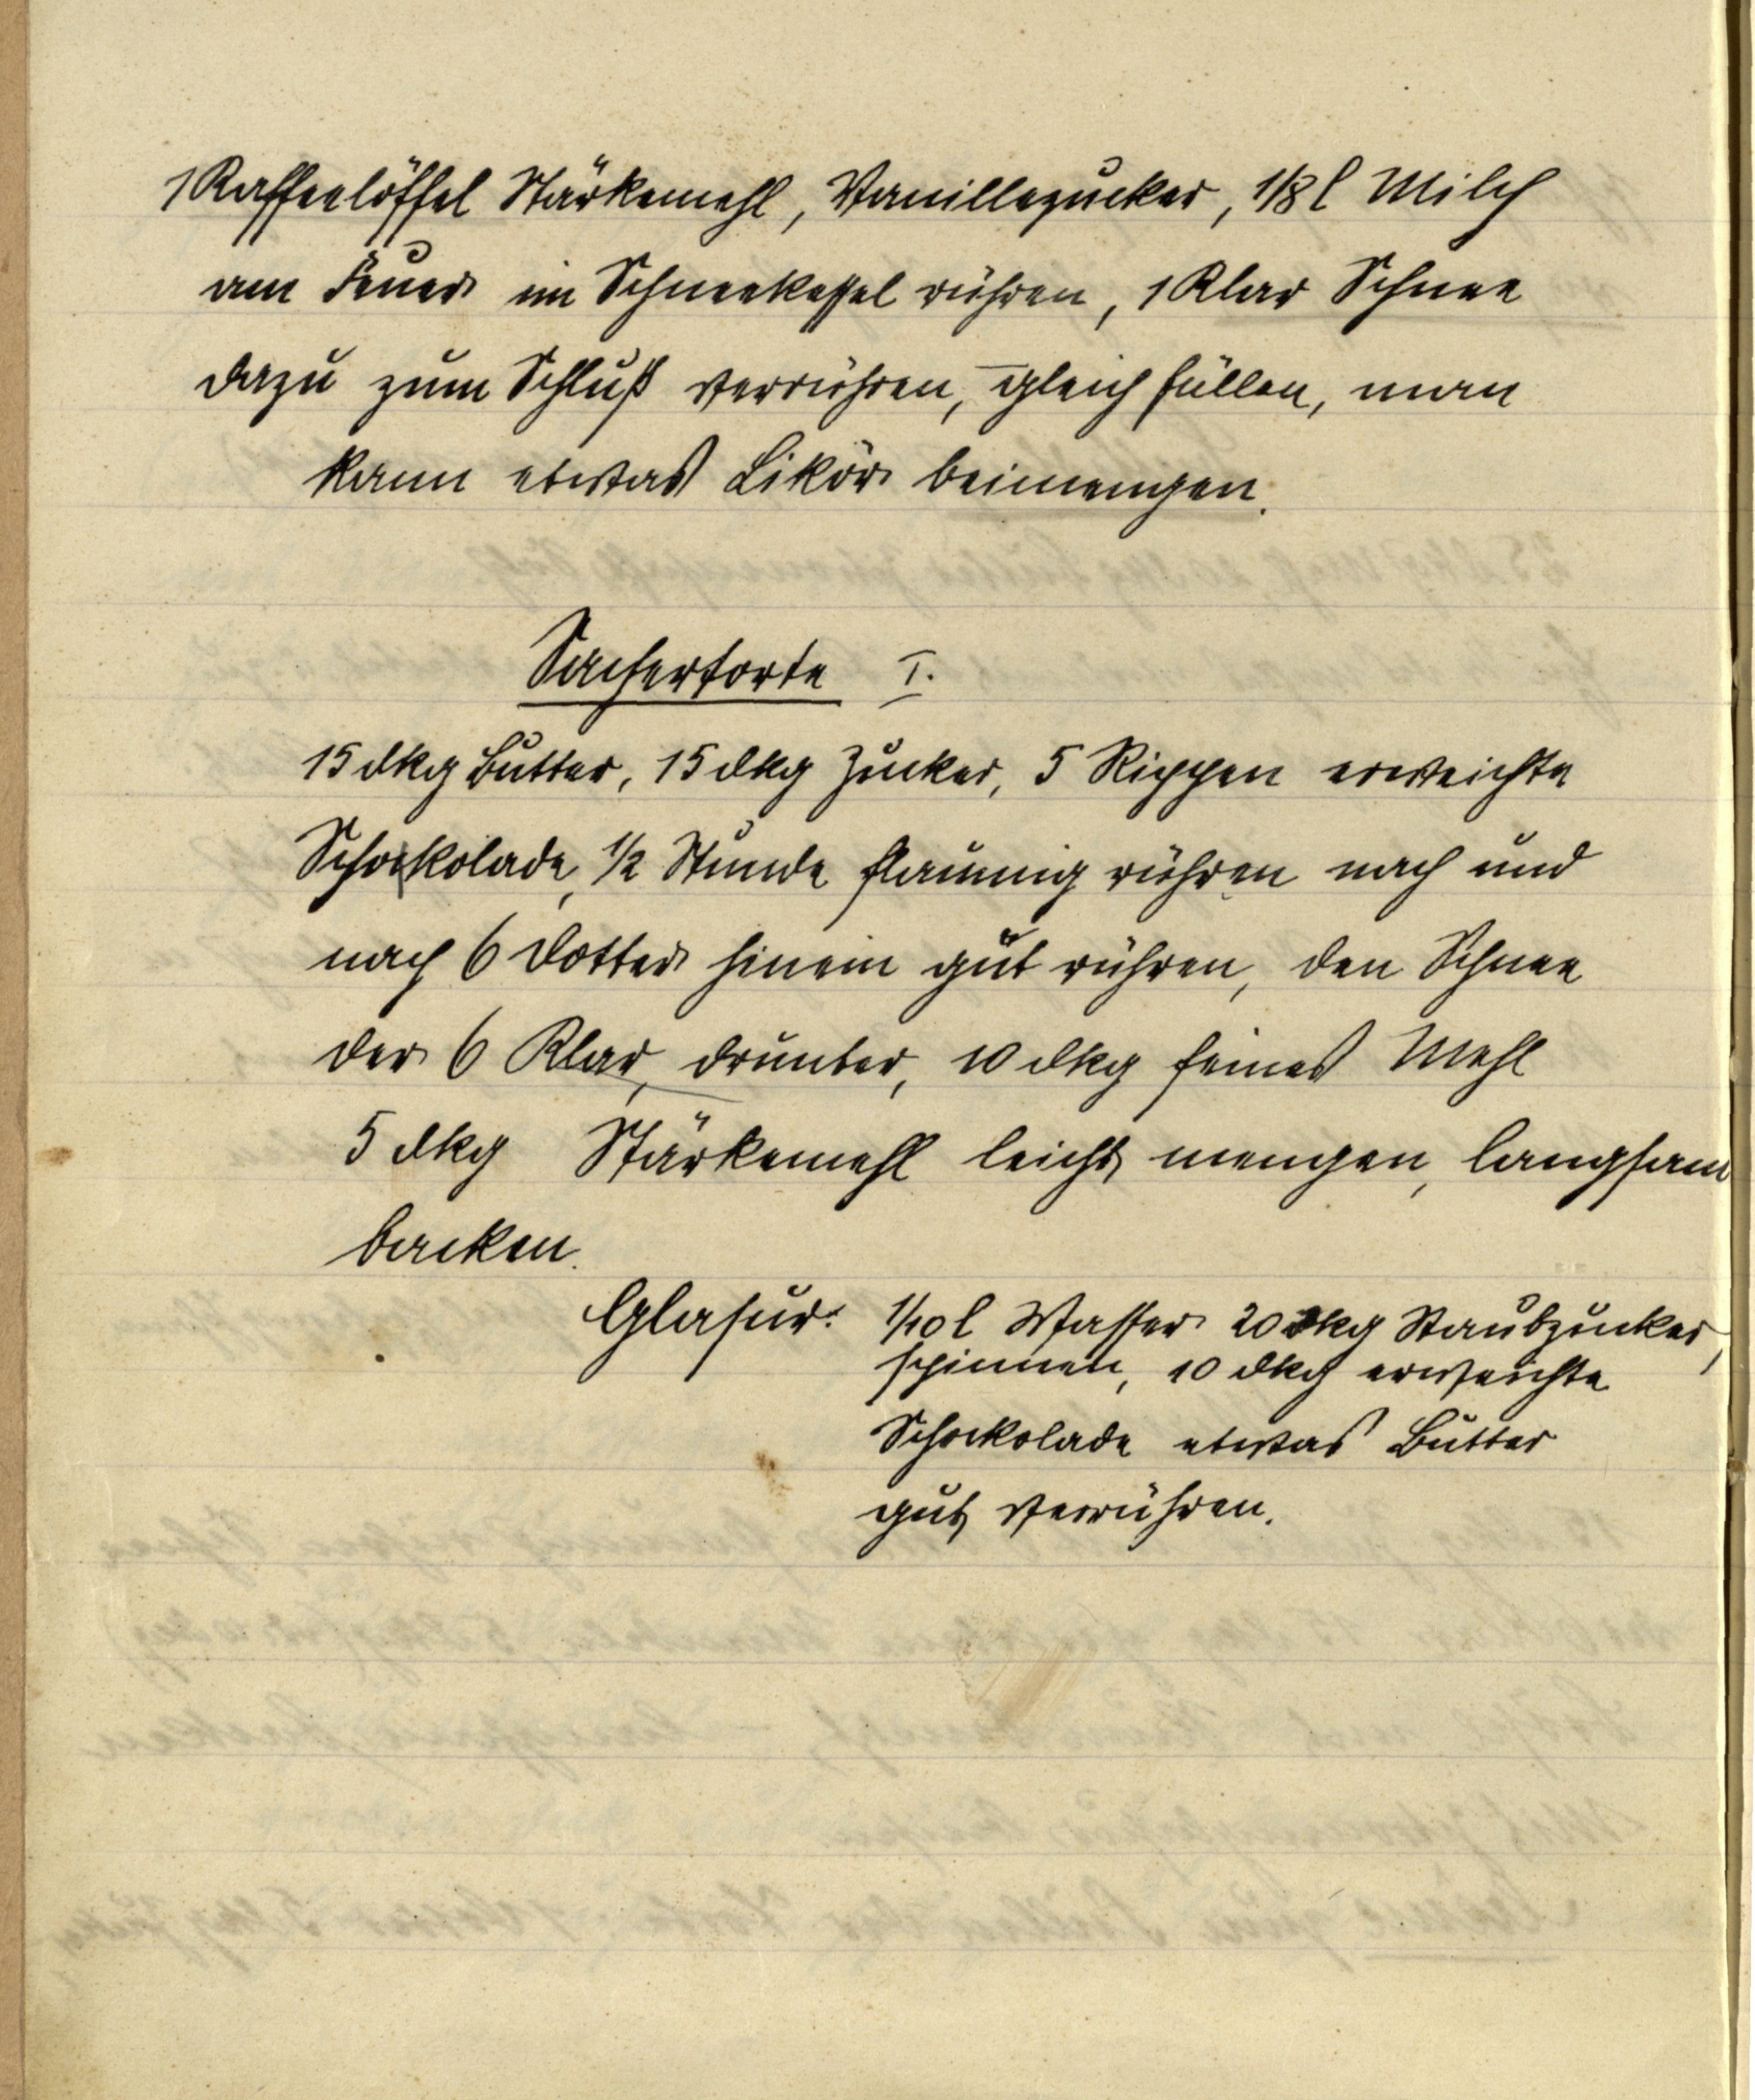
1 Kaffeelöffel Stärkemehl, Vanillezucker, ⅛ l Milch
am Feuer im Schneekessel rühren, 1 Klar Schnee
dazu zum Schluß verrühren, gleich füllen, man
kann etwas Likör beimengen.

Sachertorte I.
15 dkg Butter, 15 dkg Zucker, 5 Rippen erweichte
Schockolade, ½ Stunde flaumig rühren nach und
nach 6 Dotter hinein gut rühren, den Schnee
der 6 Klar, drunter, 10 dkg feines Mehl
5 dkg Stärkemehl leicht mengen, langsam
backen.
Glasur: 1/10 l Wasser 20 dkg Staubzucker,
schinnen, 10 dkg erweichte
Schokolade etwas Butter
gut verrühren.